Civil Veterinary Dept. Bombay admin report 1914-1922 - 1914-1922
Year: 1914
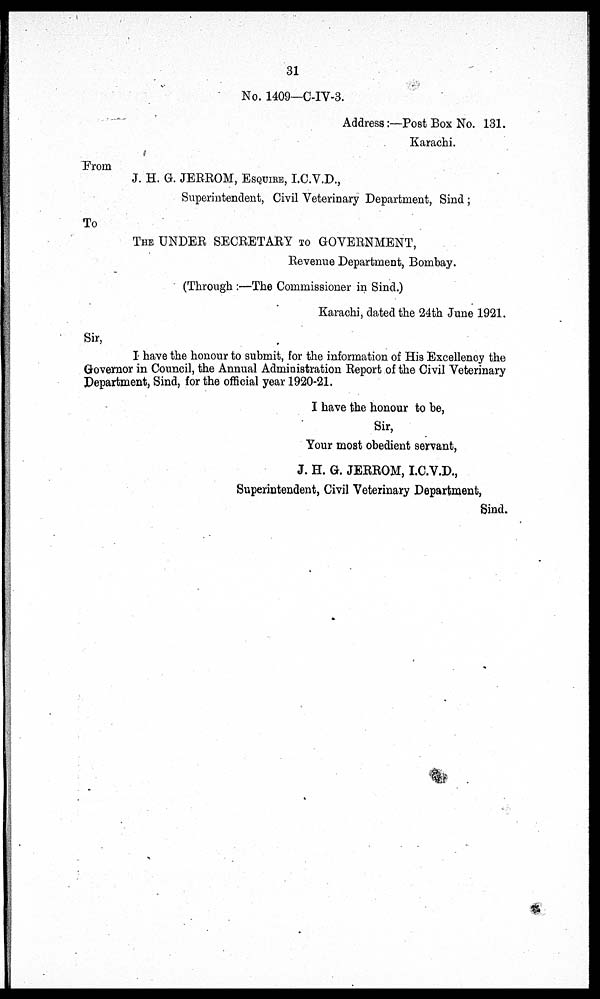
31
No. 1409—C-IV-3.
Address:—Post Box No. 131.
Karachi.
From
J. H. G. JERROM, ESQUIRE, I.C.V.D.,
Superintendent, Civil Veterinary Department, Sind ;
To
THE UNDER SECRETARY TO GOVERNMENT,
Revenue Department, Bombay.
(Through :—The Commissioner in Sind.)
Karachi, dated the 24th June 1921.
Sir,
I have the honour to submit, for the information of His Excellency the
Governor in Council, the Annual Administration Report of the Civil Veterinary
Department, Sind, for the official year 1920-21.
I have the honour to be,
Sir,
Your most obedient servant,
J. H. G. JERROM, I.C.V.D.,
Superintendent, Civil Veterinary Department,
Sind.